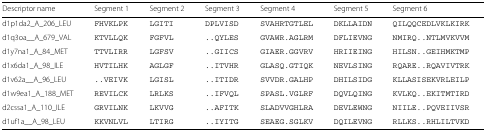
<table><thead><tr><td><b>Descriptor name</b></td><td><b>Segment 1</b></td><td><b>Segment 2</b></td><td><b>Segment 3</b></td><td><b>Segment 4</b></td><td><b>Segment 5</b></td><td><b>Segment 6</b></td></tr></thead><tbody><tr><td>d1p1da2_A_206_LEU</td><td>FHVKLPK</td><td>LGITI</td><td>DPLVISD</td><td>SVAHRTGTLEL</td><td>DKLLAIDN</td><td>QILQQCEDLVKLKIRK</td></tr><tr><td>d1q3oa__A_679_VAL</td><td>KTVLLQK</td><td>FGFVL</td><td>..QYLES</td><td>GVAWR.AGLRM</td><td>DFLIEVNG</td><td>NMIRQ..NTLMVKVVM</td></tr><tr><td>d1y7na1_A_84_MET</td><td>TTVLIRR</td><td>LGFSV</td><td>..GIICS</td><td>GIAER.GGVRV</td><td>HRIIEING</td><td>HILSN..GEIHMKTMP</td></tr><tr><td>d1x6da1_A_98_ILE</td><td>HVTILHK</td><td>AGLGF</td><td>..ITVHR</td><td>GLASQ.GTIQK</td><td>NEVLSING</td><td>RQARE..RQAVIVTRK</td></tr><tr><td>d1v62a__A_96_LEU</td><td>..VEIVK</td><td>LGISL</td><td>..ITIDR</td><td>SVVDR.GALHP</td><td>DHILSIDG</td><td>KLLASISEKVRLEILP</td></tr><tr><td>d1w9ea1_A_188_MET</td><td>REVILCK</td><td>LRLKS</td><td>..IFVQL</td><td>SPASL.VGLRF</td><td>DQVLQING</td><td>KVLKQ..EKITMTIRD</td></tr><tr><td>d2cssa1_A_110_ILE</td><td>GRVILNK</td><td>LKVVG</td><td>..AFITK</td><td>SLADVVGHLRA</td><td>DEVLEWNG</td><td>NIILE..PQVEIIVSR</td></tr><tr><td>d1uf1a__A_98_LEU</td><td>KKVNLVL</td><td>LTIRG</td><td>..IYITG</td><td>SEAEG.SGLKV</td><td>DQILEVNG</td><td>RLLKS..RHLILTVKD</td></tr></tbody></table>